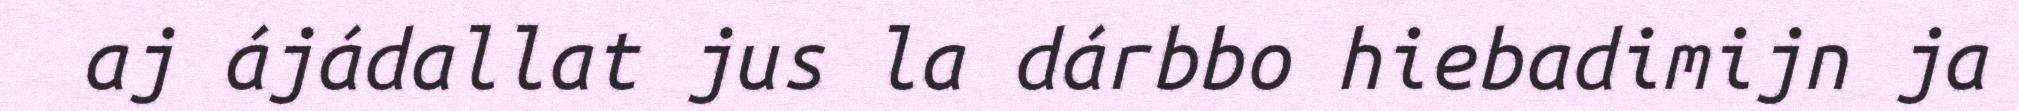
aj ájádallat jus la dárbbo hiebadimijn ja